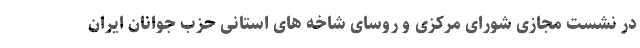
در نشست مجازی شورای مرکزی و روسای شاخه های استانی حزب جوانان ایران